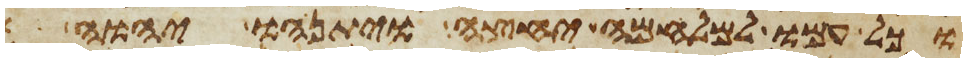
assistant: וכל עמו למלחמה יחצה ויתנהו יהוה